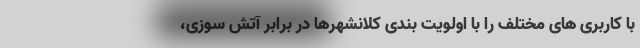
با کاربری های مختلف را با اولویت بندی کلانشهرها در برابر آتش سوزی،